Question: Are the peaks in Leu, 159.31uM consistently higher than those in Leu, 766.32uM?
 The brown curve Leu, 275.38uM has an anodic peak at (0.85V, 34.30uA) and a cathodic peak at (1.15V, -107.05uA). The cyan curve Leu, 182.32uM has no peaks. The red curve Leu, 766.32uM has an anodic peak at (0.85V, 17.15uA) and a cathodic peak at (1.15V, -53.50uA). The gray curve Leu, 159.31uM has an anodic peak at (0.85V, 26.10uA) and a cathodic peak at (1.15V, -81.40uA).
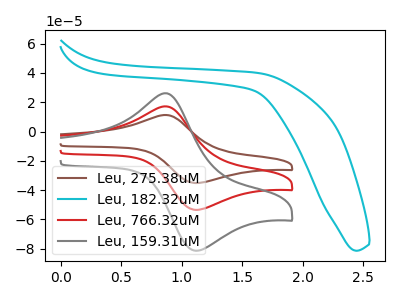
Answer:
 <answer>Every peak in "Leu, 159.31uM" is higher than every peak in "Leu, 766.32uM".</answer>
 <eval>higher</eval>